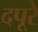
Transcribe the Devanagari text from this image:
दपूरे